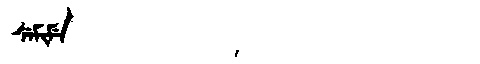
Manchu: ᠰᡝᠮᡳᠮᡝ
Romanization: SEMIME